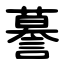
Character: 謩